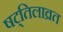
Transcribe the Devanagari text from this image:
षट्तिलाव्रत